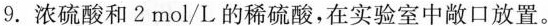
9.浓硫酸和2mol/L的稀硫酸，在实验室中敞口放置。